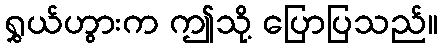
ရွှယ်ဟွားက ဤသို့ ပြောပြသည်။